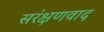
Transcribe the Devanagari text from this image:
सरंक्षणवाद